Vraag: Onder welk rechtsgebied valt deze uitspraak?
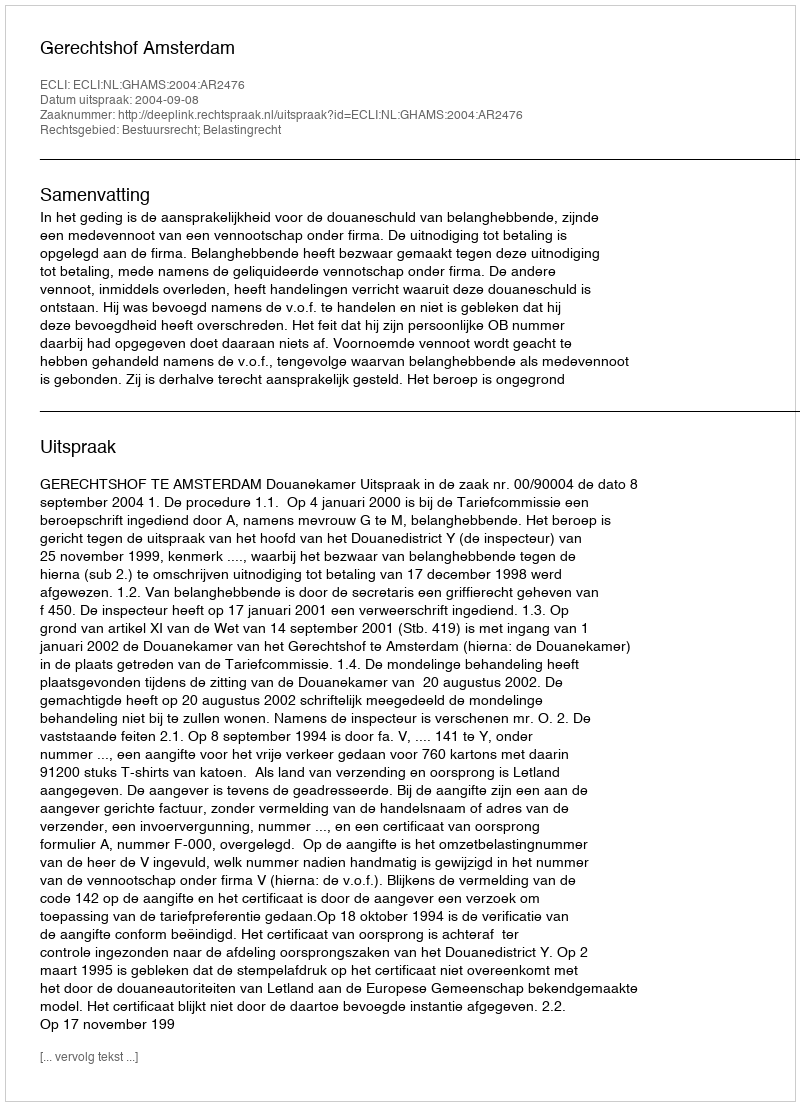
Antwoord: Bestuursrecht; Belastingrecht